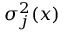
\sigma _ { j } ^ { 2 } ( \boldsymbol { x } )